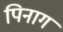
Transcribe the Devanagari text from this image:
पिनाग